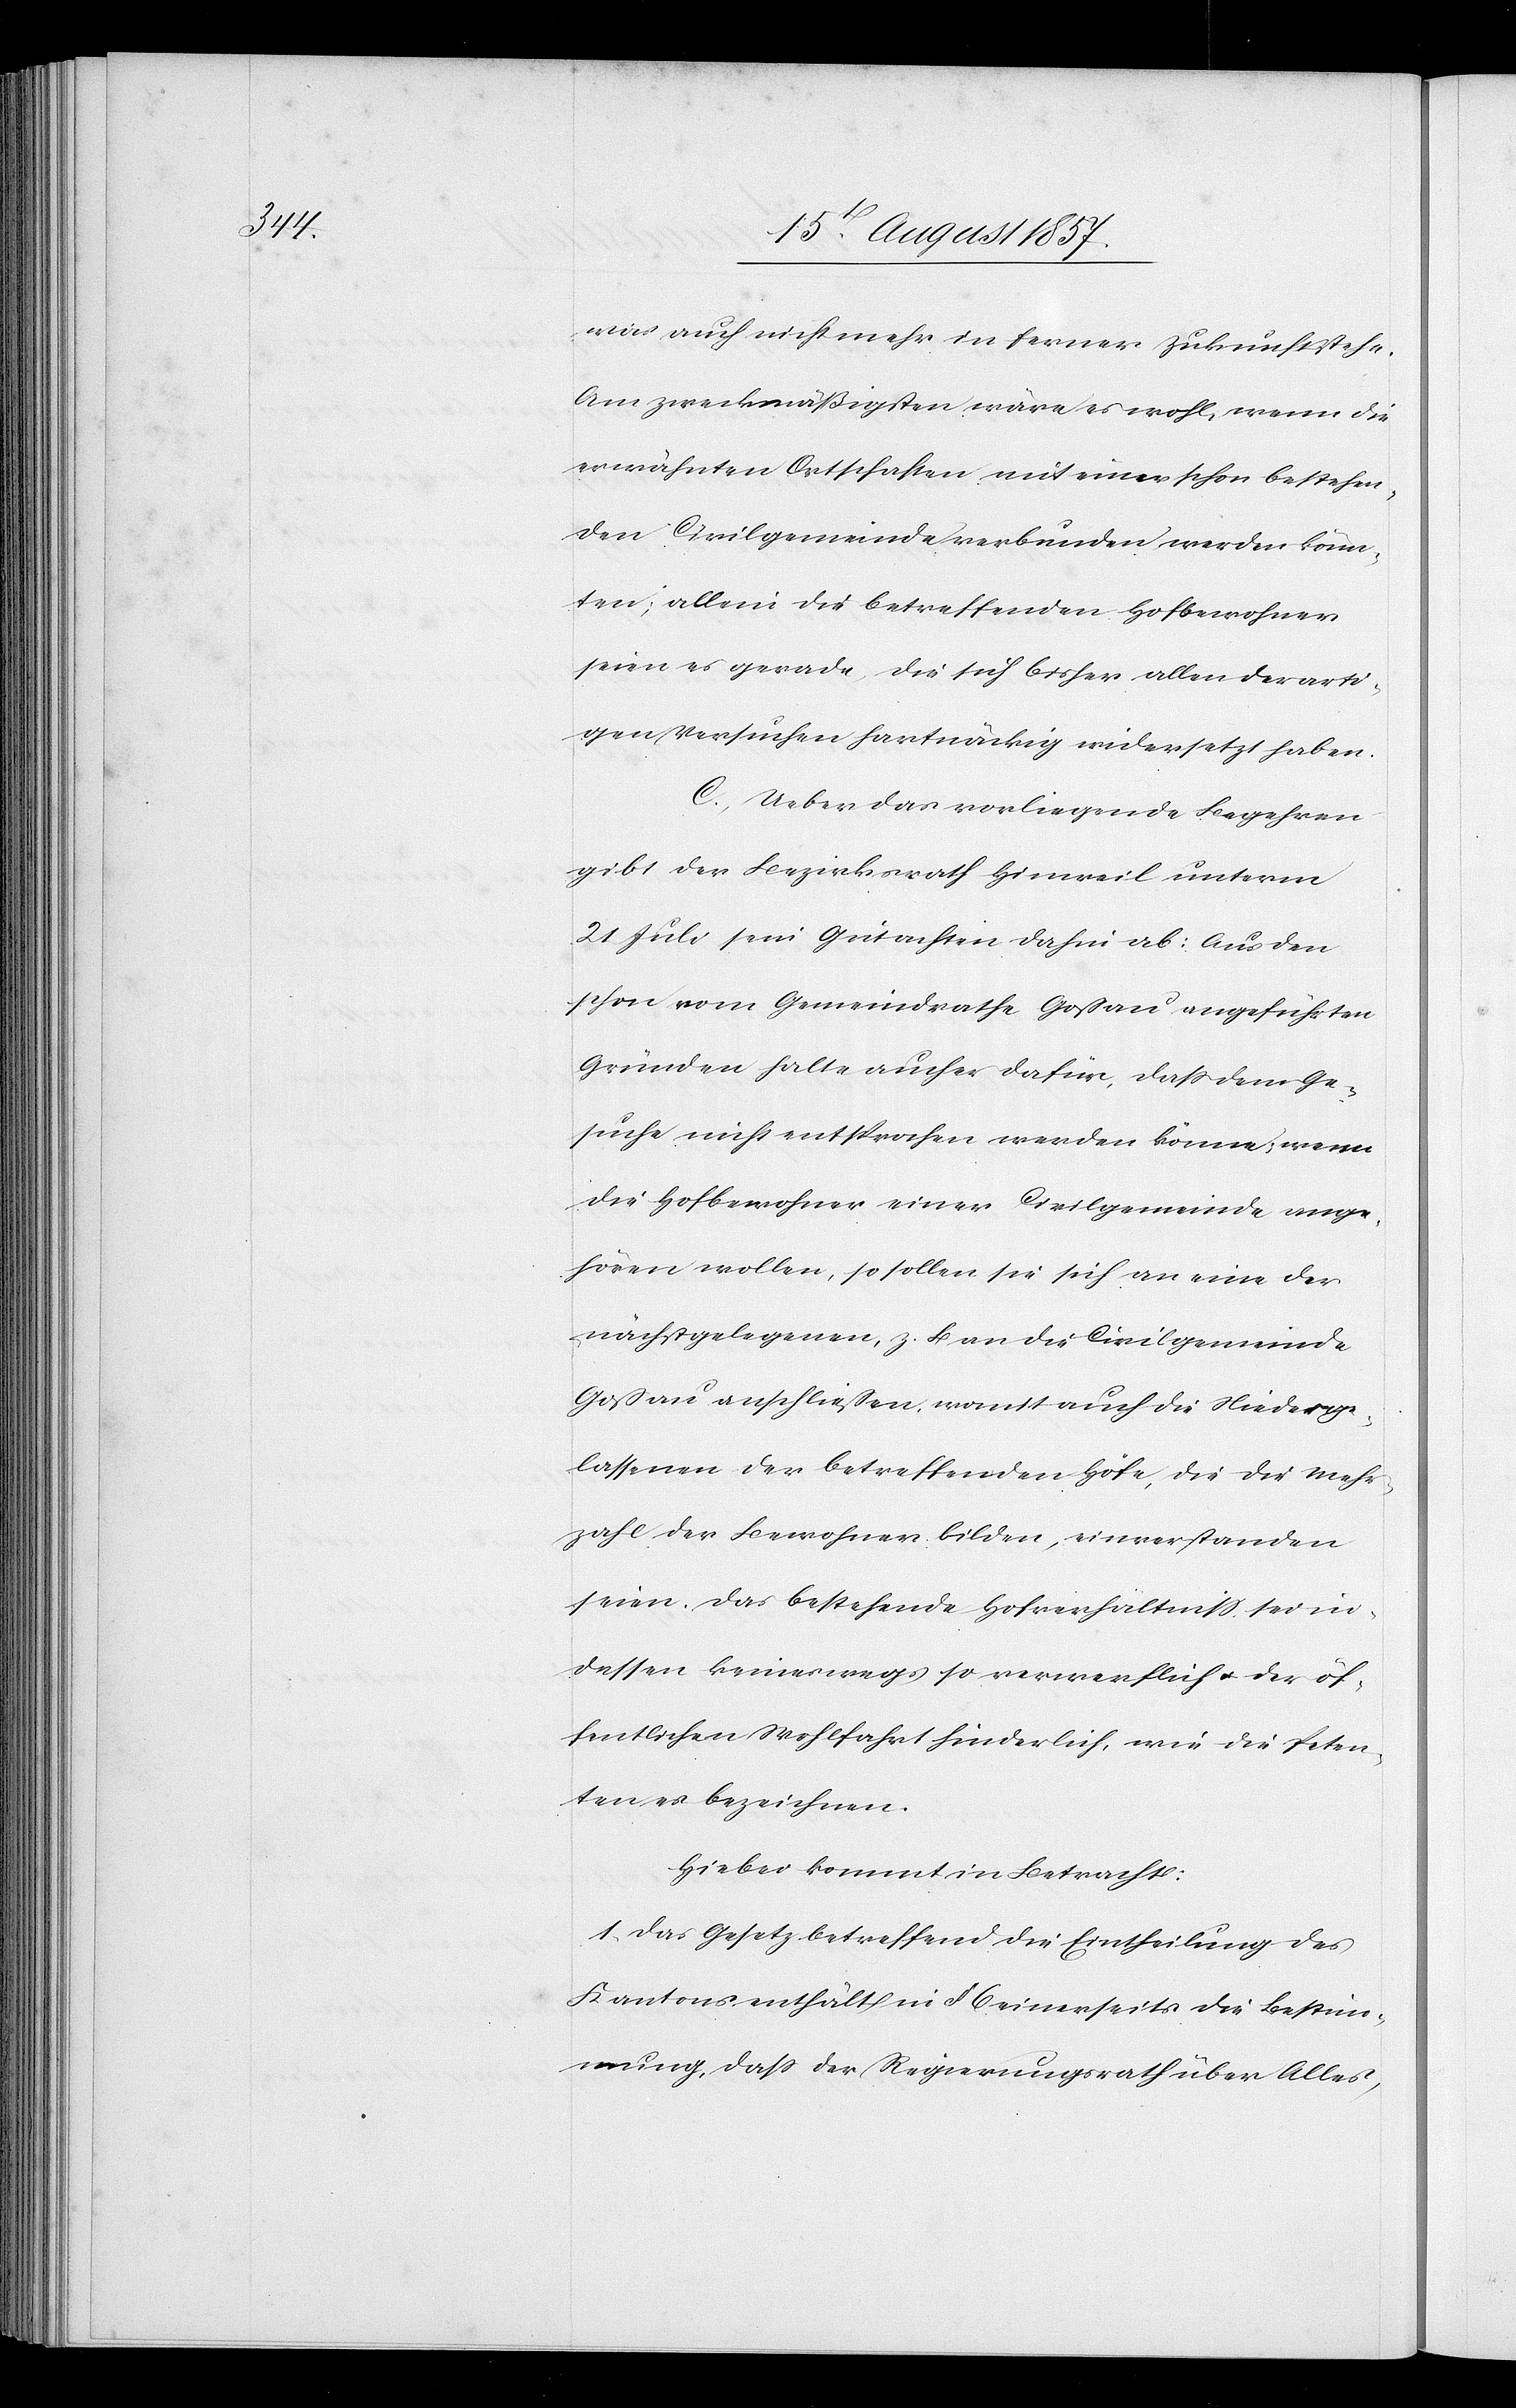
was auch nicht mehr in ferner Zukunft stehe.
Am zweckmäßigsten wäre es wohl, wenn die
erwähnten Ortschaften mit einer schon bestehen¬
den Civilgemeinde verbunden werden könn¬
ten; allein die betreffenden Hofbewohner
seien es gerade, die sich bisher allen derarti¬
gen Versuchen hartnäckig widersetzt haben.
C. Ueber das vorliegende Begehren
gibt der Bezirksrath Hinweil unterm
21 Juli sein Gutachten dahin ab: Aus den
schon vom Gemeindrathe Goßau angeführten
Gründen halte auch er dafür, daß dem Ge¬
suche nicht entsprochen werden könne, wenn
die Hofbewohner einer Civilgemeinde ange¬
hören wollen, so sollen sie sich an eine der
nächstgelegenen, z. B. an die Civilgemeinde
Goßau anschließen, womit auch die Niederge¬
lassenen der betreffenden Höfe, die die Mehr¬
zahl der Bewohner bilden, einverstanden
seien, das bestehende Hofverhältniß sei in¬
dessen keineswegs so verwerflich & der öf¬
fentlichen Wohlfahrt hinderlich, wie die Peten¬
ten es bezeichnen.
Hiebei kommt in Betracht:
1, Das Gesetz betreffend die Eintheilung des
Kantons enthält in § 6 einerseits die Bestim¬
mung, daß der Regierungsrath über Alles,